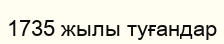
1735 жылы туғандар